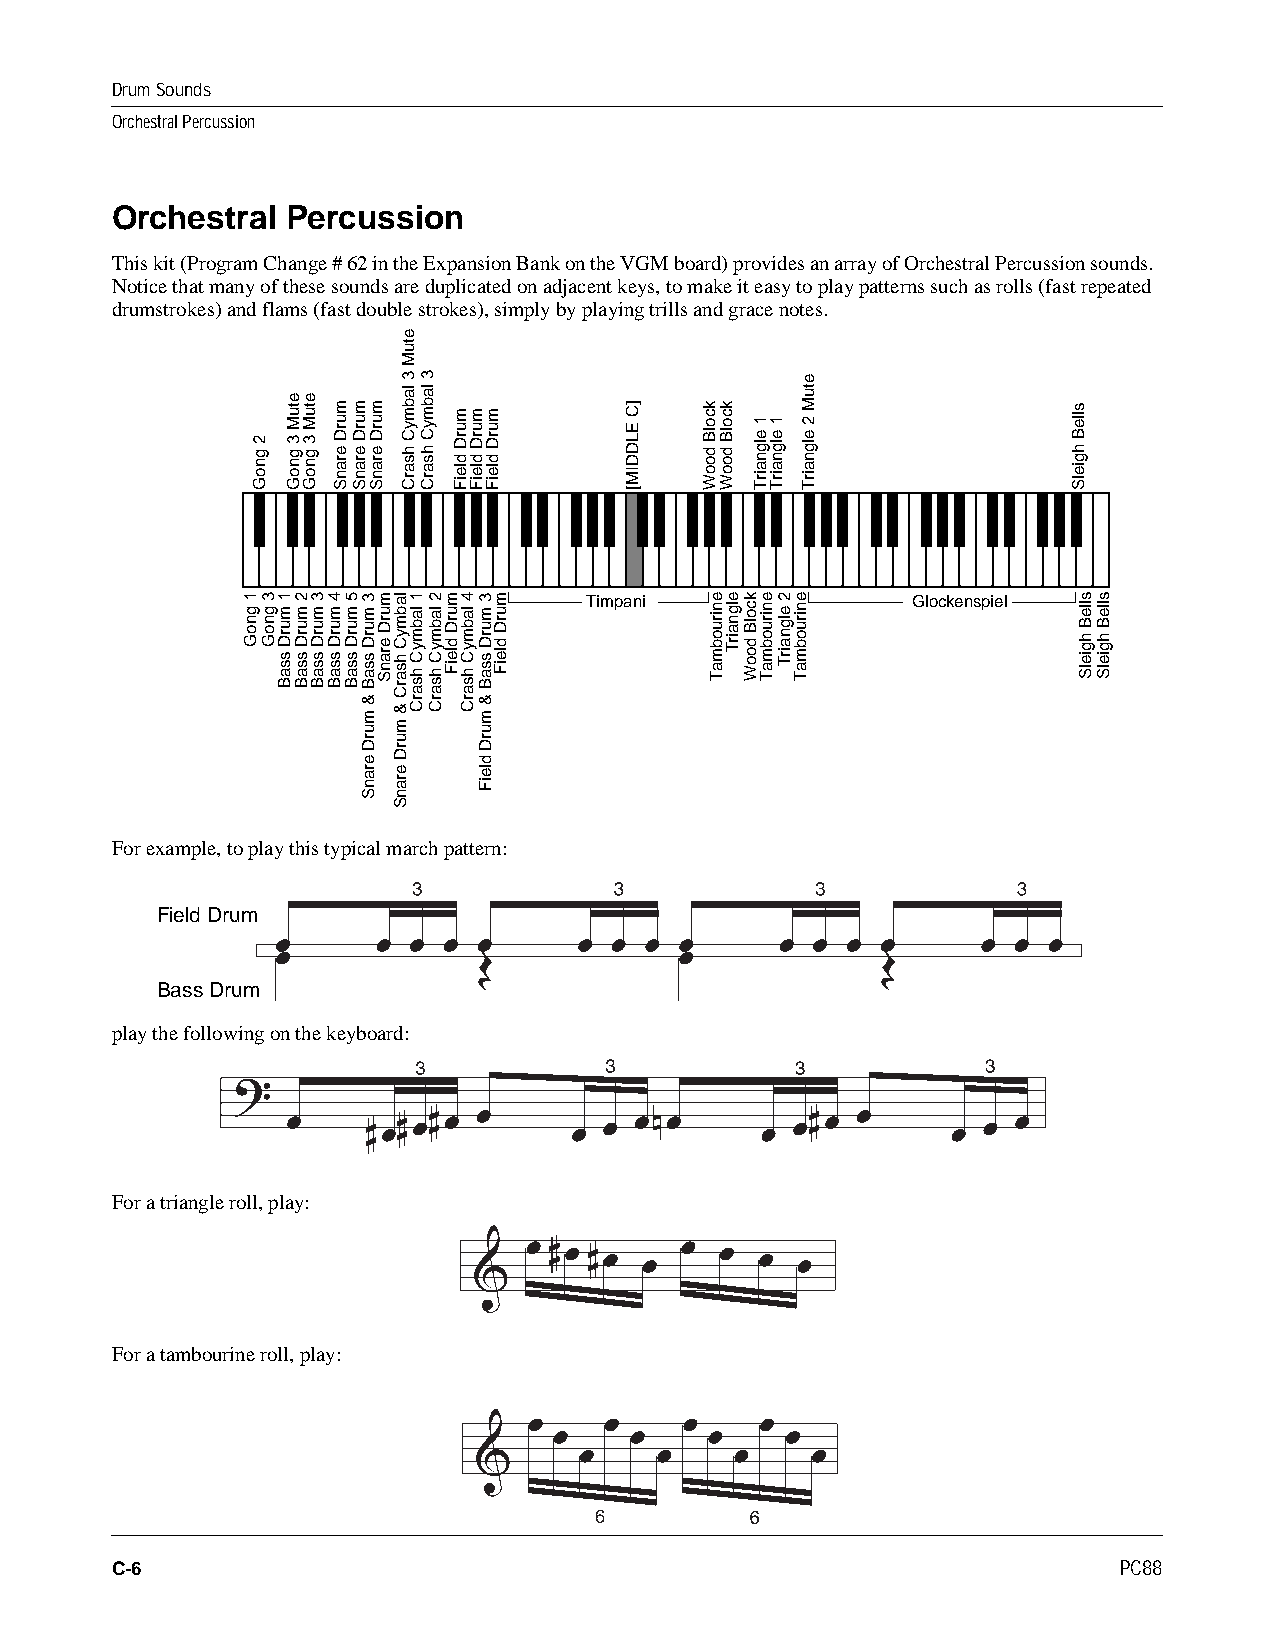
Drum Sounds
 Orchestral Percussion
 Orchestral Percussion
 This kit (Program Change # 62 in the Expansion Bank on the VGM board) provides an array of Orchestral Percussion sounds.
 Notice that many of these sounds are duplicated on adjacent keys, to make it easy to play patterns such as rolls (fast repeated
 drumstrokes) and flams (fast double strokes), simply by playing trills and grace notes.
 Timpani               Glockenspiel
 For example, to play this typical march pattern:
 Field Drum
 Bass Drum
 play the following on the keyboard:
 For a triangle roll, play:
 For a tambourine roll, play:
 C-6                                                                PC88
 1
 gnoG
 2
 gnoG
 3
 gnoG
 1
 murD
 ssaB
 etuM
 3
 gnoG
 2
 murD
 ssaB
 etuM
 3
 gnoG
 3
 murD
 ssaB
 murD
 eranS
 4
 murD
 ssaB
 5
 murD
 ssaB
 murD
 eranS
 3
 murD
 ssaB
 &
 murD
 eranS
 murD
 eranS
 murD
 eranS
 labmyC
 hsarC
 &
 murD
 eranS
 etuM
 3
 labmyC
 hsarC
 1
 labmyC
 hsarC
 3
 labmyC
 hsarC
 2
 labmyC
 hsarC
 murD
 dleiF
 murD
 dleiF
 4
 labmyC
 hsarC
 murD
 dleiF
 3
 murD
 ssaB
 &
 murD
 dleiF
 murD
 dleiF
 murD
 dleiF
 ]C
 ELDDIM[
 kcolB
 dooW
 eniruobmaT
 kcolB
 dooW
 elgnairT kcolB
 dooW
 1
 elgnairT
 eniruobmaT
 1
 elgnairT
 2
 elgnairT
 eniruobmaT
 etuM
 2
 elgnairT
 slleB
 hgielS
 slleB
 hgielS
 slleB
 hgielS